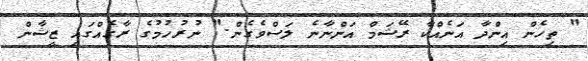
" ތިހެން އިންދާ އަނެއްކާ ރޭޝަމް އަންނާނެ ލަސްވެގެން." ނުރުހުމުގެ ރާގެއްގައި ޒީޝާން